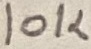
Text: 10K